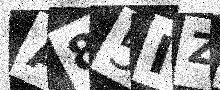
Text: A85IZ4